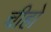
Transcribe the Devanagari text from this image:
चीहो